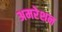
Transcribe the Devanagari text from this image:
अमरेशन